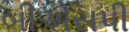
બીએસપી